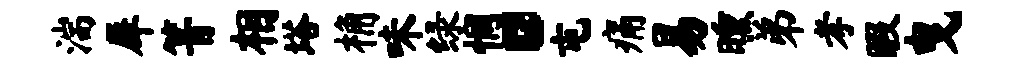
湍犀箐相塔桷味绿惘。屯痛易曛弟孝暇曳